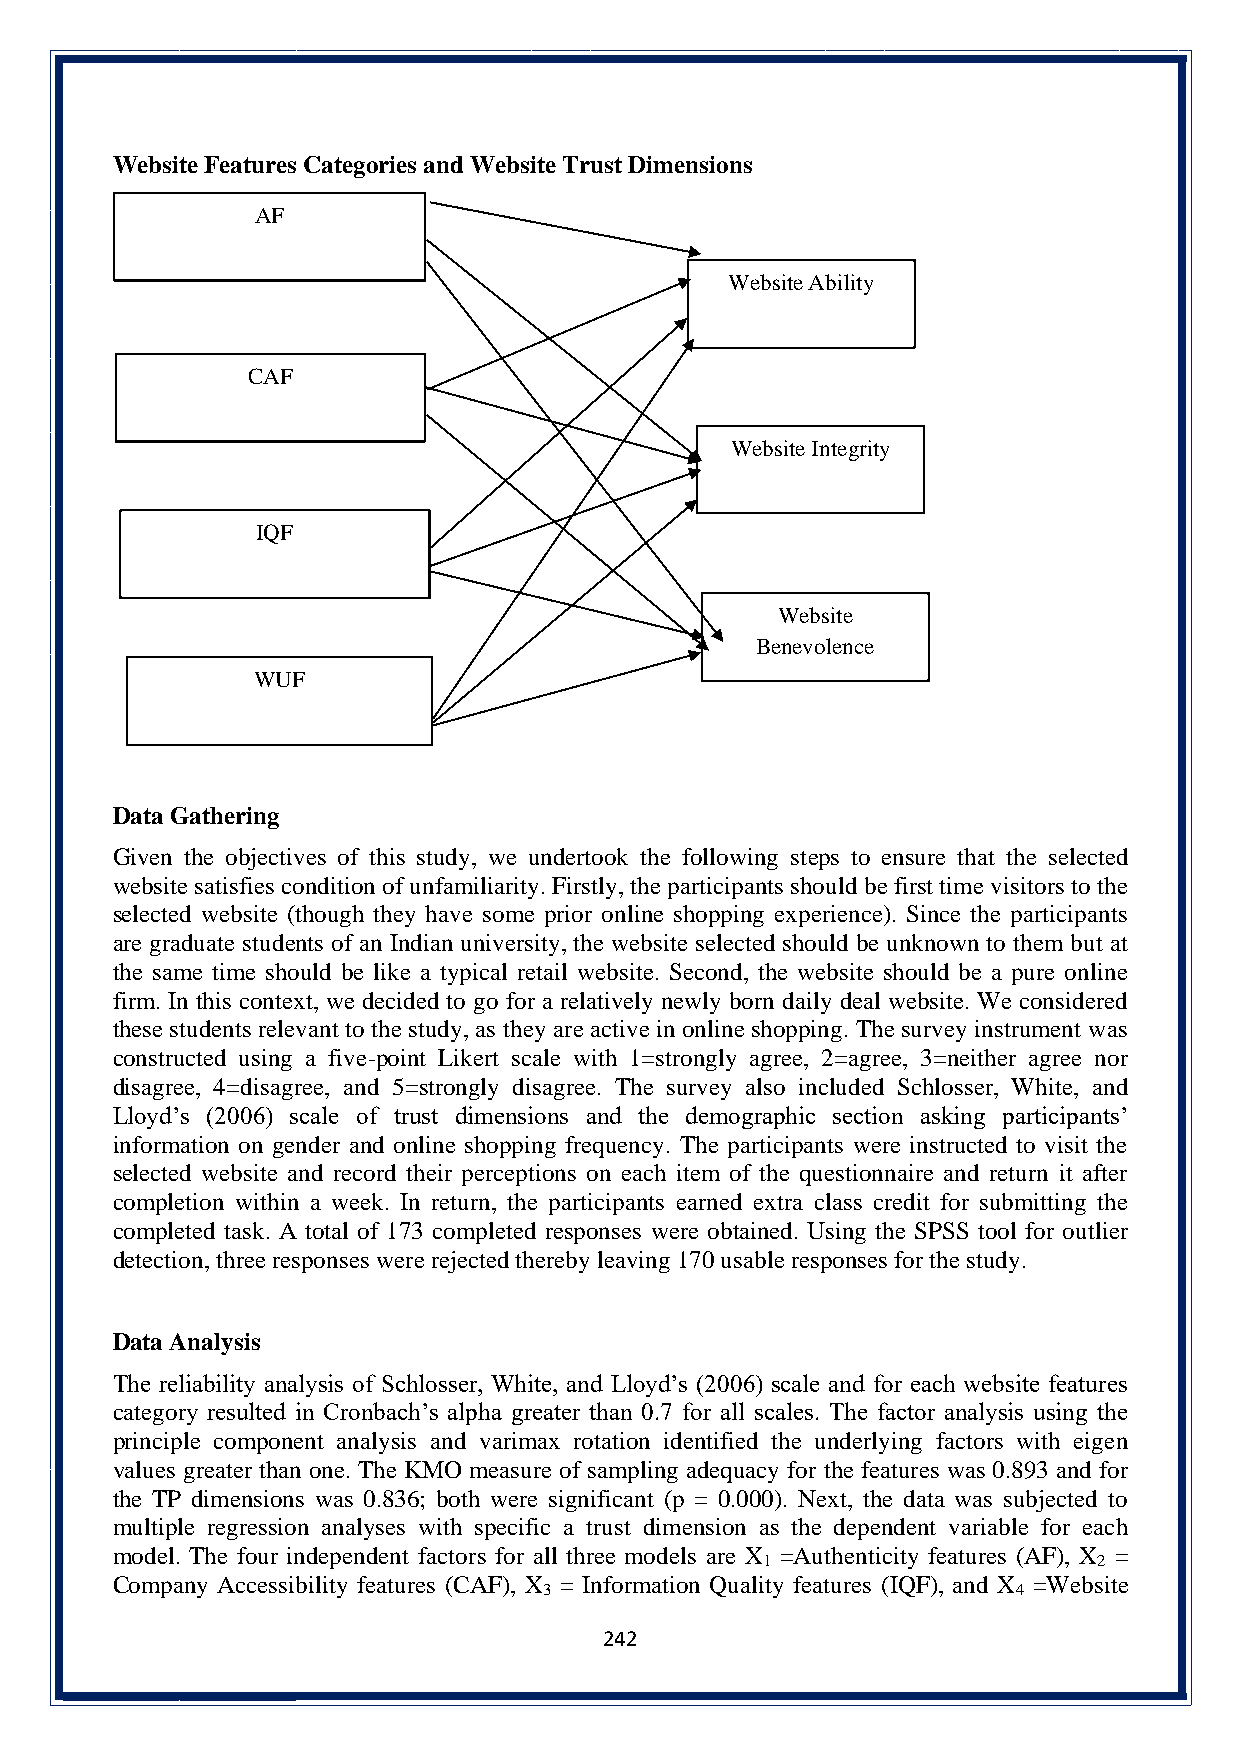
Website Features Categories and Website Trust Dimensions
 AF
 Website Ability
 CAF
 Website Integrity
 IQF
 Website
 Benevolence
 WUF
 Data Gathering
 Given the objectives of this study, we undertook the following steps to ensure that the selected
 website satisfies condition of unfamiliarity. Firstly, the participants should be first time visitors to the
 selected website (though they have some prior online shopping experience). Since the participants
 are graduate students of an Indian university, the website selected should be unknown to them but at
 the same time should be like a typical retail website. Second, the website should be a pure online
 firm. In this context, we decided to go for a relatively newly born daily deal website. We considered
 these students relevant to the study, as they are active in online shopping. The survey instrument was
 constructed using a five-point Likert scale with 1=strongly agree, 2=agree, 3=neither agree nor
 disagree, 4=disagree, and 5=strongly disagree. The survey also included Schlosser, White, and
 Lloyd’s (2006) scale of trust dimensions and the demographic section asking participants’
 information on gender and online shopping frequency. The participants were instructed to visit the
 selected website and record their perceptions on each item of the questionnaire and return it after
 completion within a week. In return, the participants earned extra class credit for submitting the
 completed task. A total of 173 completed responses were obtained. Using the SPSS tool for outlier
 detection, three responses were rejected thereby leaving 170 usable responses for the study.
 Data Analysis
 The reliability analysis of Schlosser, White, and Lloyd’s (2006) scale and for each website features
 category resulted in Cronbach’s alpha greater than 0.7 for all scales. The factor analysis using the
 principle component analysis and varimax rotation identified the underlying factors with eigen
 values greater than one. The KMO measure of sampling adequacy for the features was 0.893 and for
 the TP dimensions was 0.836; both were significant (p = 0.000). Next, the data was subjected to
 multiple regression analyses with specific a trust dimension as the dependent variable for each
 model. The four independent factors for all three models are X =Authenticity features (AF), X =
 1                      2
 Company Accessibility features (CAF), X = Information Quality features (IQF), and X =Website
 3                              4
 242